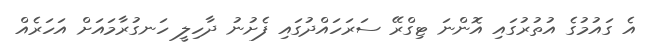
އެ ގައުމުގެ އުތުރުގައި އޮންނަ ޓިގްރޭ ސަރަހައްދުގައި ފެށުނު ދާހިލީ ހަނގުރާމައަށް އަހަރެއް